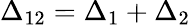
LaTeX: \Delta_{12}=\Delta_{1}+\Delta_{2}